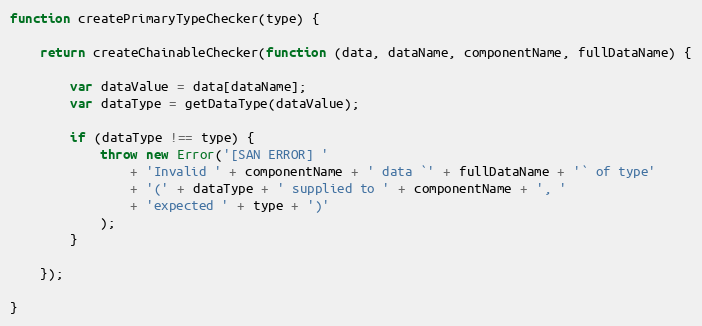
Language: JavaScript
function createPrimaryTypeChecker(type) {

    return createChainableChecker(function (data, dataName, componentName, fullDataName) {

        var dataValue = data[dataName];
        var dataType = getDataType(dataValue);

        if (dataType !== type) {
            throw new Error('[SAN ERROR] '
                + 'Invalid ' + componentName + ' data `' + fullDataName + '` of type'
                + '(' + dataType + ' supplied to ' + componentName + ', '
                + 'expected ' + type + ')'
            );
        }

    });

}